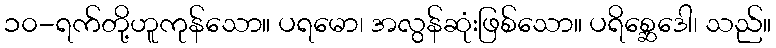
၁၀-ရက်တို့ဟူကုန်သော။ ပရမော၊ အလွန်ဆုံးဖြစ်သော။ ပရိစ္ဆေဒေါ၊ သည်။